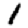
Digit: 1